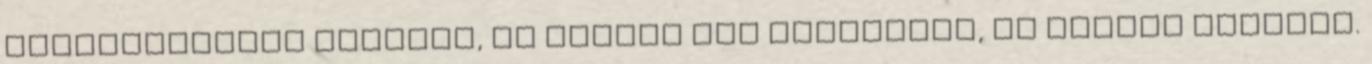
szavazatunkra vágynak, de semmit sem segítenek, ha bajban vagyunk.